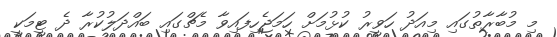
މި މުބާރާތުގައި މިއަދު ހަވީރު ކުޅުމަށް ހަމަޖެހިފައިވާ މެޗްގައި ބައްދަލުކުރާ ދެ ޓީމަކީ